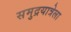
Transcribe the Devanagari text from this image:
समुद्रयात्रेला